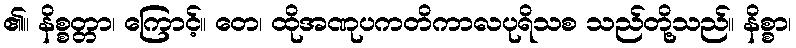
၏။ နိစ္စတ္တာ၊ ကြောင့်။ တေ၊ ထိုအဏုပကတိကာလပုရိသစ သည်တို့သည်။ နိစ္စာ၊